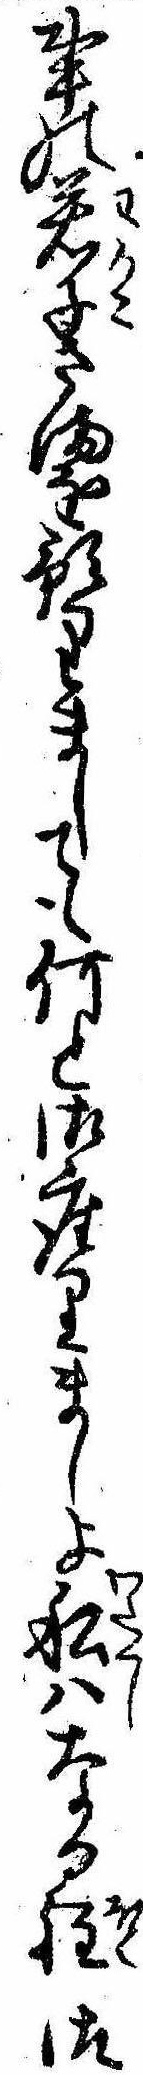
事の若子さまを預りましても何と御座りましよ私はなる程御